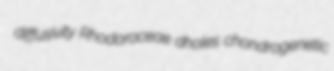
diffusivity Rhodoraceae dholes chondrogenetic